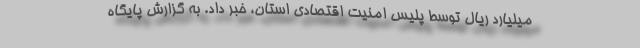
میلیارد ریال توسط پلیس امنیت اقتصادی استان، خبر داد. به گزارش پایگاه